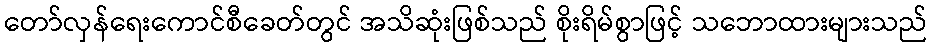
တော်လှန်ရေးကောင်စီခေတ်တွင် အသိဆုံးဖြစ်သည် စိုးရိမ်စွာဖြင့် သဘောထားများသည်